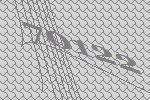
70122